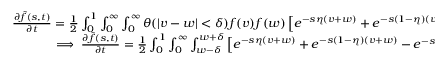
\begin{array} { r } { \begin{array} { r } { \frac { \partial \Tilde { f } ( s , t ) } { \partial t } = \frac { 1 } { 2 } \int _ { 0 } ^ { 1 } \int _ { 0 } ^ { \infty } \int _ { 0 } ^ { \infty } \theta ( | v - w | < \delta ) f ( v ) f ( w ) \left[ e ^ { - s \eta ( v + w ) } + e ^ { - s ( 1 - \eta ) ( v + w ) } - e ^ { - s v } - e ^ { - s w } \right] d v d w d \eta } \\ { \implies \frac { \partial \Tilde { f } ( s , t ) } { \partial t } = \frac { 1 } { 2 } \int _ { 0 } ^ { 1 } \int _ { 0 } ^ { \infty } \int _ { w - \delta } ^ { w + \delta } \left[ e ^ { - s \eta ( v + w ) } + e ^ { - s ( 1 - \eta ) ( v + w ) } - e ^ { - s v } - e ^ { - s w } \right] f ( v ) f ( w ) d v d w d \eta . } \end{array} } \end{array}